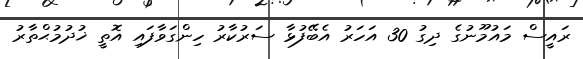
ރައީސް މައުމޫނުގެ ދިގު 30 އަހަރު އެބޭފުޅާ ސަރުކާރު ހިންގަވާފައި އޮތީ ޚުދުމުޙްތާރު